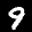
Label: 9